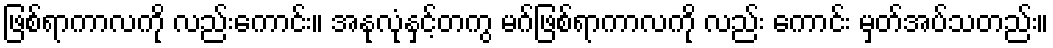
ဖြစ်ရာကာလကို လည်းကောင်း။ အနုလုံနှင့်တကွ မဂ်ဖြစ်ရာကာလကို လည်း ကောင်း မှတ်အပ်သတည်း။